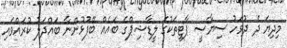
މިދިޔަ ދެ ދުވަހު ސިޔާސީ ޕާޓީތަކުގެ ލީޑާޝިޕްގެ ބައެއް ބޭފުޅުންނާ ބައްދަލު ކުރައްވައި